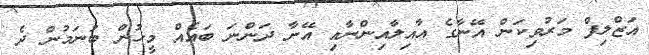
އަޒްލިފް މަރުވިކަން އޭނާގެ އާއިލާއިންނާއި އޭނާ ދަންނަ ބައެއް މީހުން ބުނަމުން ދެ